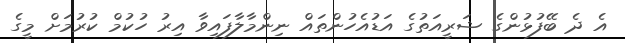
އެ ދެ ބޭފުޅުންގެ ޝަރީއަތުގެ އަޑުއެހުންތައް ނިންމާލާފައިވާ އިރު ހުކުމް ކުރުމަށް މީގެ